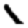
Digit: 1